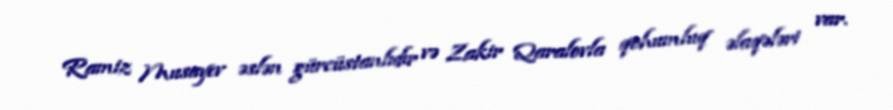
Ramiz Musayev əslən gürcüstanlıdır və Zakir Qaralovla qohumluq əlaqələri var.